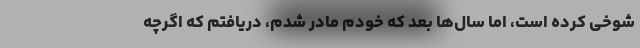
شوخی کرده است، اما سال‌ها بعد که خودم مادر شدم، دریافتم که اگرچه